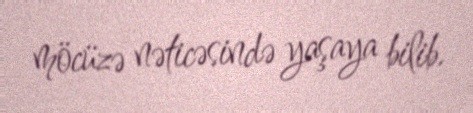
möcüzə nəticəsində yaşaya bilib.